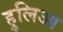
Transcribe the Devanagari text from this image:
हुलिआ